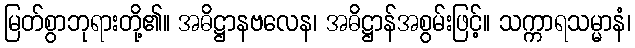
မြတ်စွာဘုရားတို့၏။ အဓိဋ္ဌာနဗလေန၊ အဓိဋ္ဌာန်အစွမ်းဖြင့်။ သက္ကာရသမ္မာနံ၊